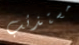
مستذئب